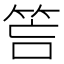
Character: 𥭚